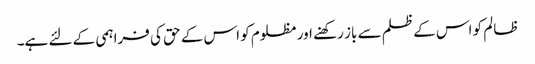
ظالم کو اس کے ظلم سے باز رکھنے اور مظلوم کو اس کے حق کی فراہمی کے لئے ہے۔